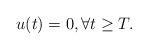
LaTeX: \begin{align*}u(t)=0, \forall t \geq T.\end{align*}